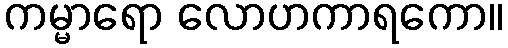
ကမ္မာရော လောဟကာရကော။